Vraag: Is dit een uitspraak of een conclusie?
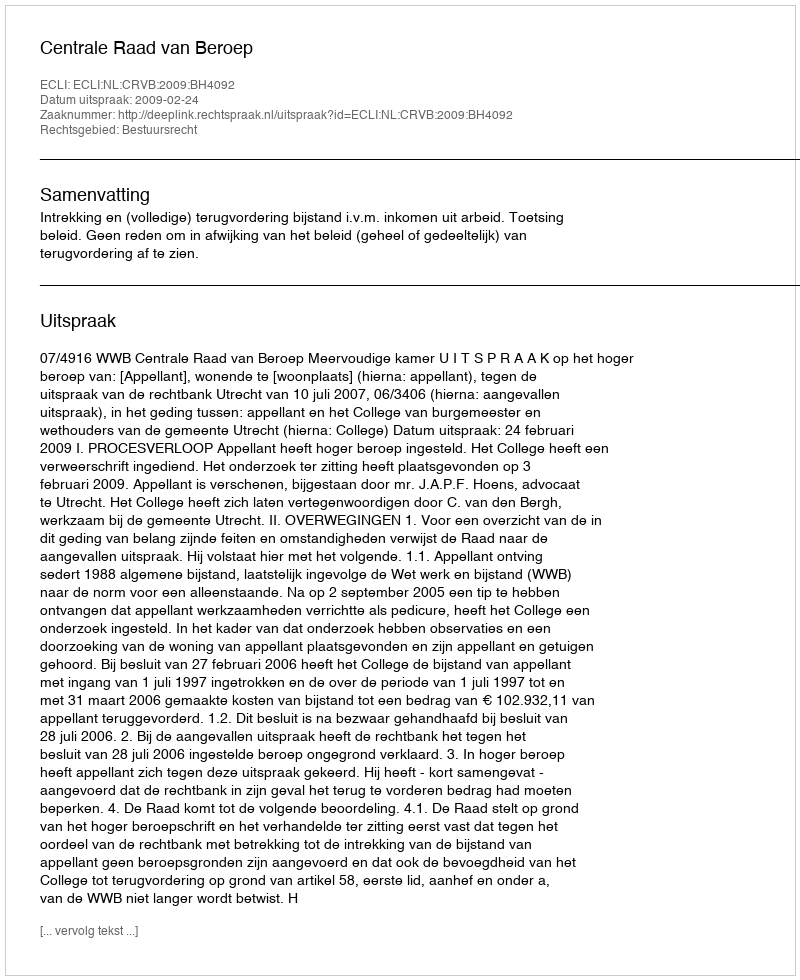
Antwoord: Uitspraak